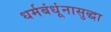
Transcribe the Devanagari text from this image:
धर्मबंधूंनासुद्धा